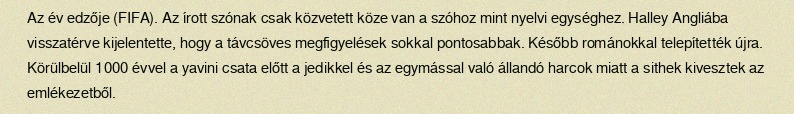
Az év edzője (FIFA). Az írott szónak csak közvetett köze van a szóhoz mint nyelvi egységhez. Halley Angliába visszatérve kijelentette, hogy a távcsöves megfigyelések sokkal pontosabbak. Később románokkal telepítették újra. Körülbelül 1000 évvel a yavini csata előtt a jedikkel és az egymással való állandó harcok miatt a sithek kivesztek az emlékezetből.